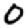
Digit: 0